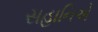
સહાનિએ